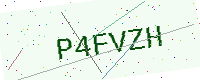
Text: P4FVZH